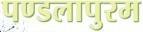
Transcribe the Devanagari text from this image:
पण्डलापुरम